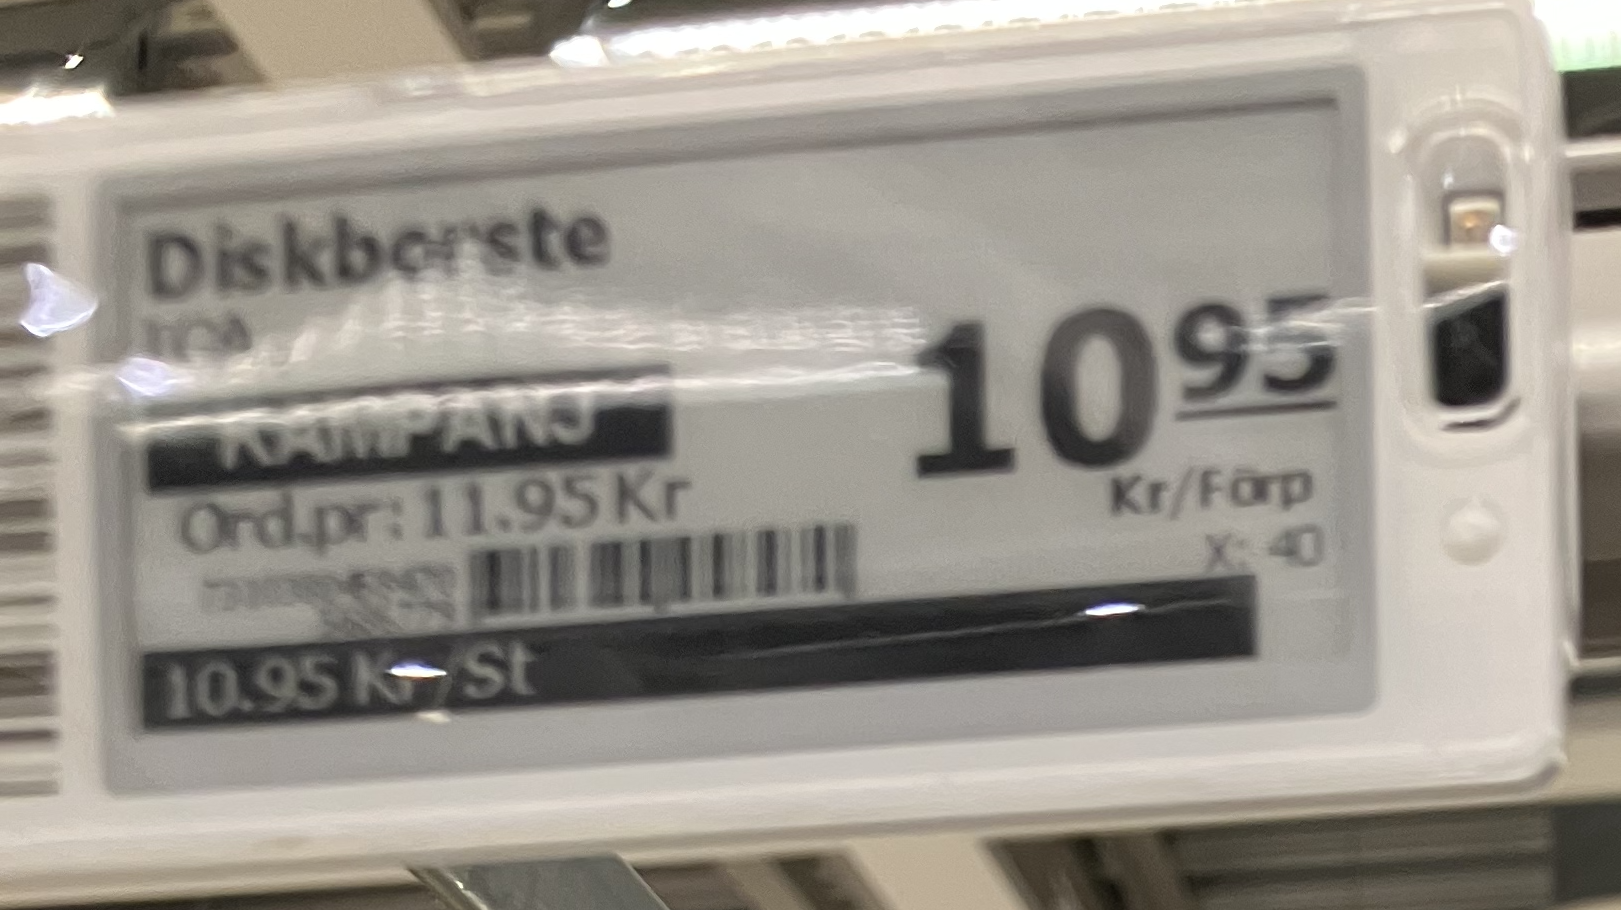
Vara: Diskborste
Genomsnittspris: 10.95 per st